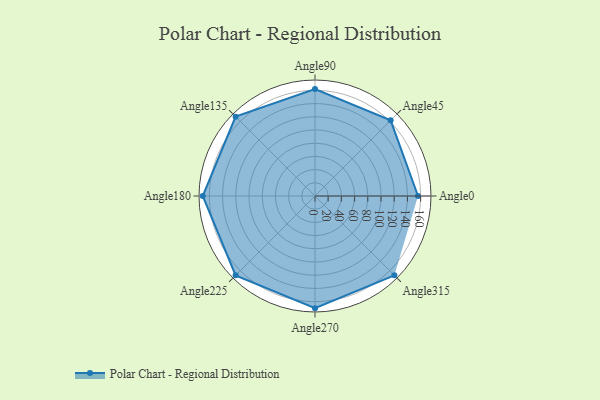
{"axis": {"x": "Angle", "y": "Radius"}, "legend": [""], "data": [{"x": "Angle0", "y": 156.0, "type": ""}, {"x": "Angle45", "y": 162.0, "type": ""}, {"x": "Angle90", "y": 162.0, "type": ""}, {"x": "Angle135", "y": 170.0, "type": ""}, {"x": "Angle180", "y": 170, "type": ""}, {"x": "Angle225", "y": 170, "type": ""}, {"x": "Angle270", "y": 170, "type": ""}, {"x": "Angle315", "y": 170, "type": ""}]}